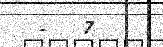
-   7